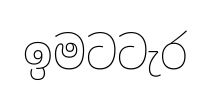
ඉමටටැර